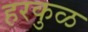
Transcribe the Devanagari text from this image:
हरकुळ